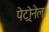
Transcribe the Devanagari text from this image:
पेट्रोनेला